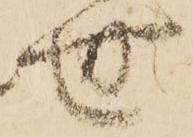
世